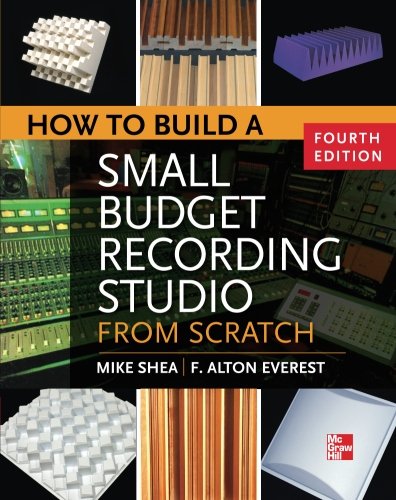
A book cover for How to Build a Small Budget Recording Studio from Scratch 4/E; Mike Shea; Science & Math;